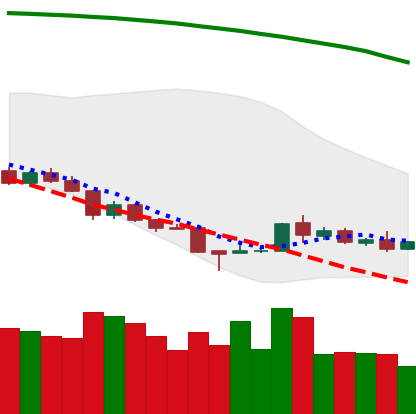
Ticker: TRX-USD
Chart end date: 2018-08-23
Forward return: 29.252%
Label: up_7plus